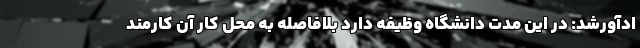
ادآورشد: در این مدت دانشگاه وظیفه دارد بلافاصله به محل کار آن کارمند